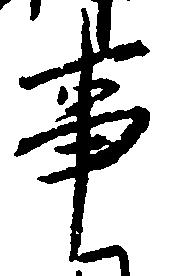
事